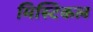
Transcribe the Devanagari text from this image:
मिस्टिकल